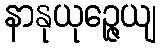
နာနုယုဉ္ဇေယျ